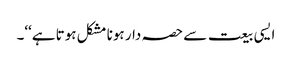
ایسی بیعت سے حصہ دار ہونا مشکل ہوتا ہے‘‘۔